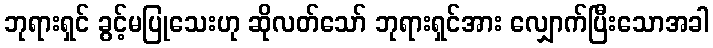
ဘုရားရှင် ခွင့်မပြုသေးဟု ဆိုလတ်သော် ဘုရားရှင်အား လျှောက်ပြီးသောအခါ